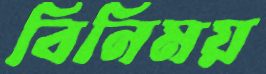
বিনিময়